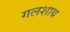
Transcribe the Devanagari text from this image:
गलशाथ